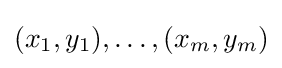
(x_{1},y_{1}),\ldots ,(x_{m},y_{m})